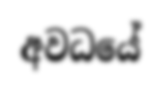
අවධයේ